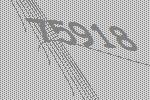
75918